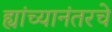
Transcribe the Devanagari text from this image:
ह्यांच्यानंतरचे